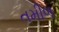
તમીળ